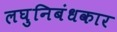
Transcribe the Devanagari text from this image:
लघुनिबंधकार